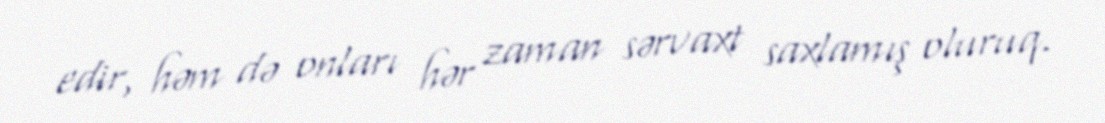
edir, həm də onları hər zaman sərvaxt saxlamış oluruq.